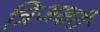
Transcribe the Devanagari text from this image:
त्रिअक्षरी